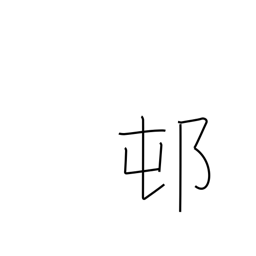
Meaning: rustic